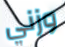
وزني